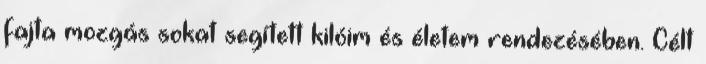
fajta mozgás sokat segített kilóim és életem rendezésében. Célt